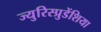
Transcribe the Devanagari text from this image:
ज्युरिस्प्रुडेंशिया